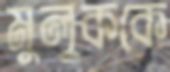
মুলুককে